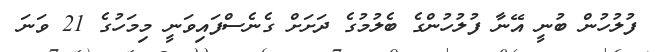
ފުލުހުން ބުނީ އޭނާ ފުލުހުންގެ ބެލުމުގެ ދަށަށް ގެނެސްފައިވަނީ މިމަހުގެ 21 ވަނަ